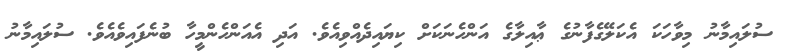
ސުލައިމާނު މިވާހަކަ އެކަލޭގެފާނުގެ ޢާއިލާގެ އަންހެނަކަށް ކިޔައިދެއްވިއެވެ. އަދި އެއަންހެންމީހާ ބުނެފައިވެއެވެ. ސުލައިމާނު